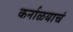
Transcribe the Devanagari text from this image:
कर्नाळयाचं